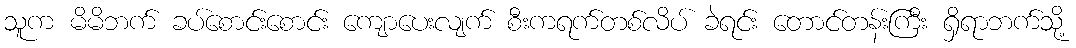
သူက မိမိဘက် ခပ်စောင်းစောင်း ကျောပေးလျက် စီးကရက်တစ်လိပ် ခဲရင်း တောင်တန်းကြီး ရှိရာဘက်သို့